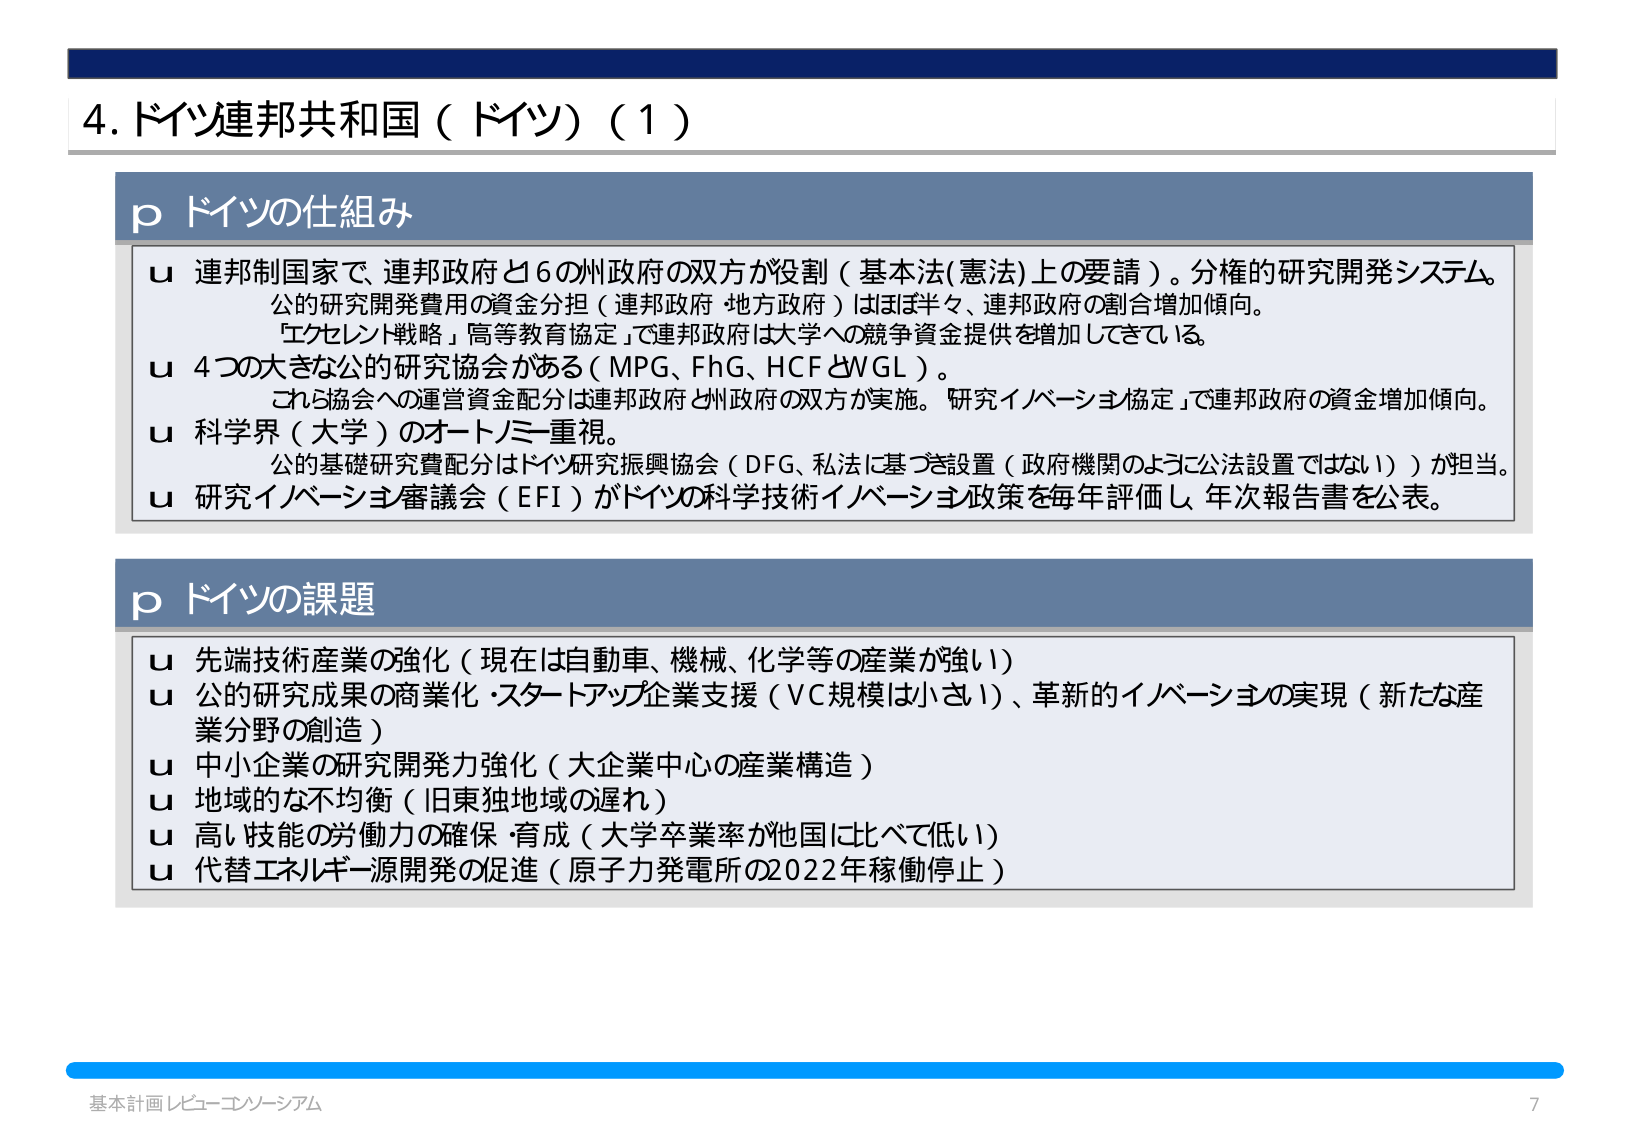
4. ドイツ連邦共和国（ドイツ）（1）

p ドイツの仕組み
u 連邦制国家で、連邦政府と6の州政府の双方が役割（基本法(憲法)上の要請）。分権的研究開発システム。
　公的研究開発費用の資金分担（連邦政府・地方政府）はほぼ半々、連邦政府の割合増加傾向。
　「エクセレント戦略」「高等教育協定」で連邦政府は大学への競争資金提供を増加してきている。
u 4つの大きな公的研究協会がある（MPG、FhG、HCF、WGL）。
　これら協会への運営資金配分は連邦政府と州政府の双方が実施。「研究イノベーション協定」で連邦政府の資金増加傾向。
u 科学界（大学）のオートノミー重視。
　公的基礎研究費配分はドイツ研究振興協会（DFG、私法に基づき設置（政府機関のように公法設置ではない））が担当。
u 研究イノベーション審議会（EFI）がドイツの科学技術イノベーション政策を毎年評価し、年次報告書を公表。

p ドイツの課題
u 先端技術産業の強化（現在は自動車、機械、化学等の産業が強い）
u 公的研究成果の商業化・スタートアップ企業支援（VC規模は小さい）、革新的イノベーションの実現（新たな産業分野の創造）
u 中小企業の研究開発力強化（大企業中心の産業構造）
u 地域的な不均衡（旧東独地域の遅れ）
u 高い技能の労働力の確保・育成（大学卒業率が他国に比べて低い）
u 代替エネルギー源開発の促進（原子力発電所の2022年稼働停止）

基本計画 レビュー・コンソーシアム
7